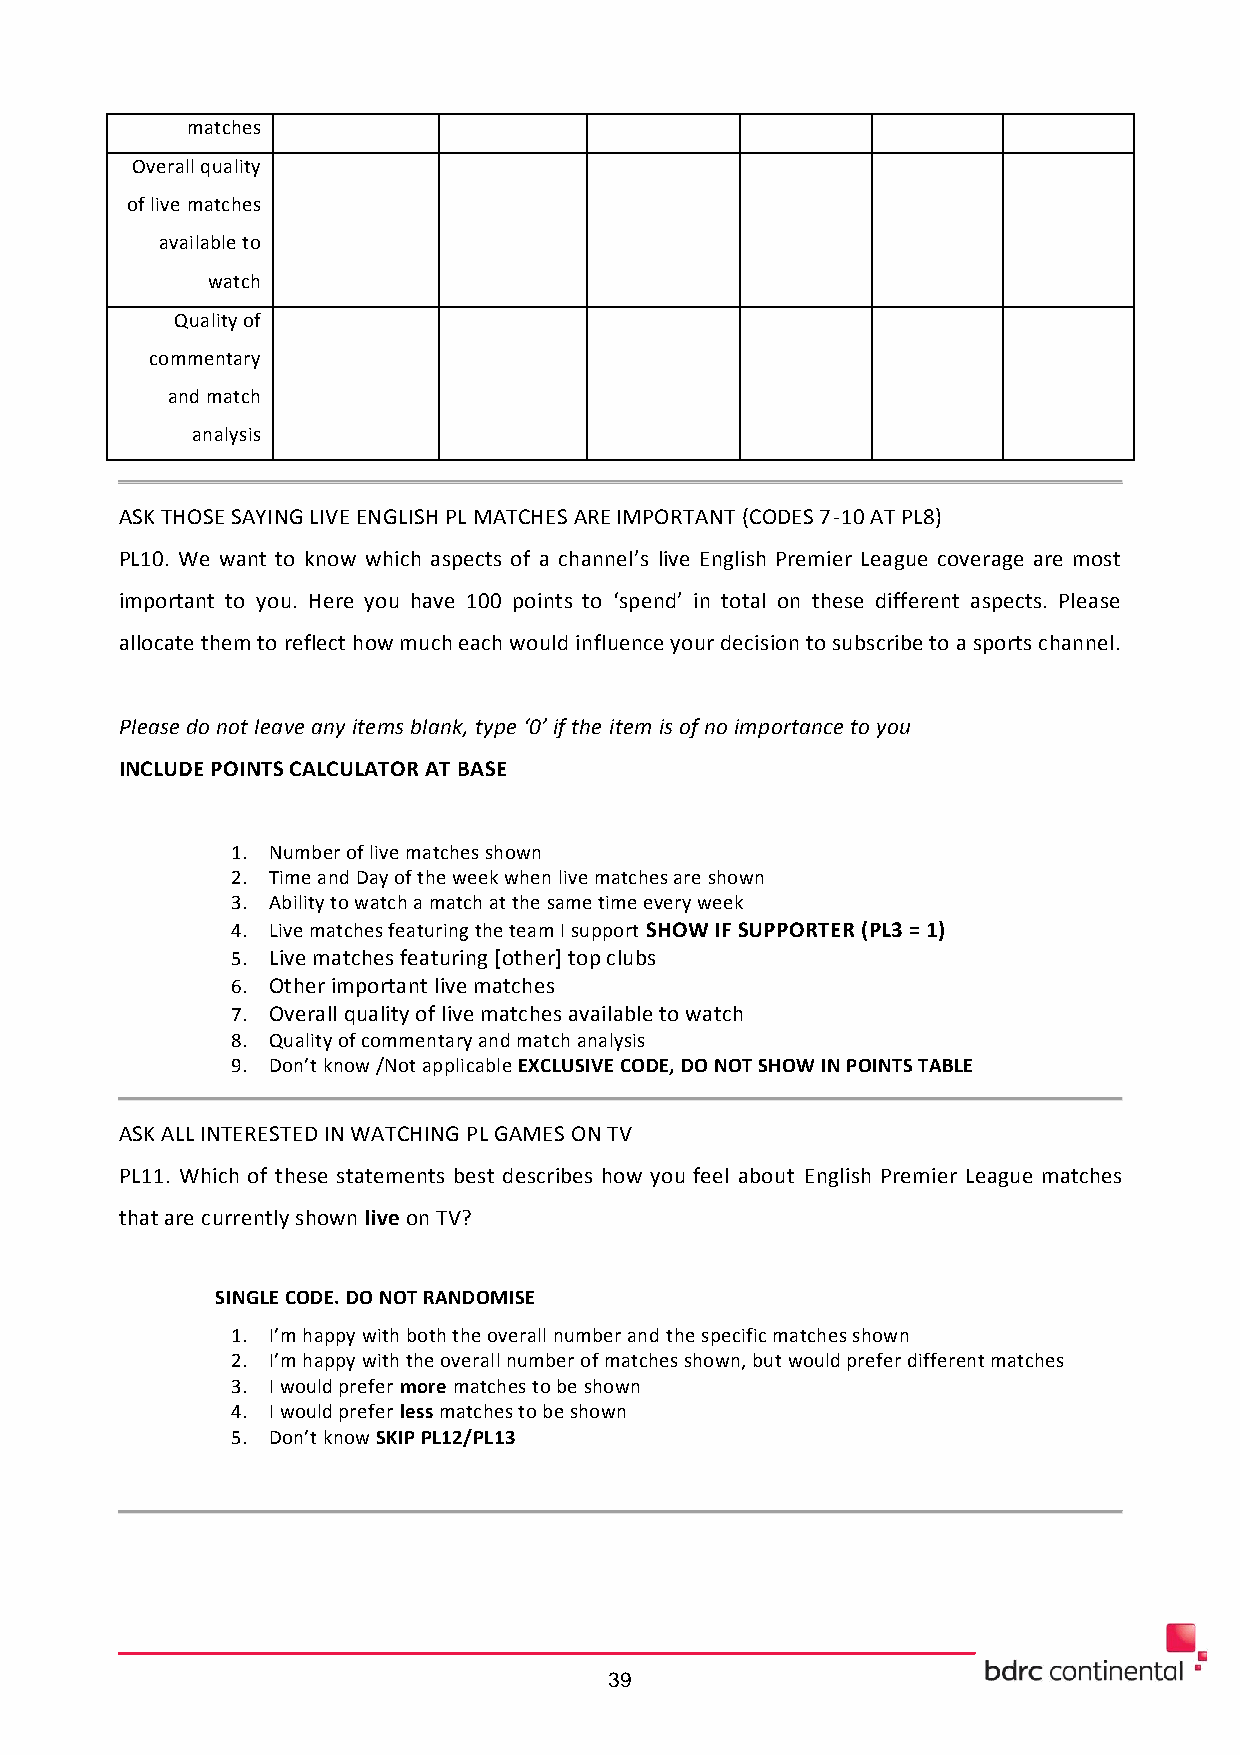
matches
 Overall quality
 of live matches
 available to
 watch
 Quality of
 commentary
 and match
 analysis
 ASK THOSE SAYING LIVE ENGLISH PL MATCHES ARE IMPORTANT (CODES 7-10 AT PL8)
 PL10. We want to know which aspects of a channel’s live English Premier League coverage are most
 important to you. Here you have 100 points to ‘spend’ in total on these different aspects. Please
 allocate them to reflect how much each would influence your decision to subscribe to a sports channel.
 Please do not leave any items blank, type ‘0’ if the item is of no importance to you
 INCLUDE POINTS CALCULATOR AT BASE
 1. Number of live matches shown
 2. Time and Day of the week when live matches are shown
 3. Ability to watch a match at the same time every week
 4. Live matches featuring the team I support SHOW IF SUPPORTER (PL3 = 1)
 5. Live matches featuring [other] top clubs
 6. Other important live matches
 7. Overall quality of live matches available to watch
 8. Quality of commentary and match analysis
 9. Don’t know /Not applicable EXCLUSIVE CODE, DO NOT SHOW IN POINTS TABLE
 ASK ALL INTERESTED IN WATCHING PL GAMES ON TV
 PL11. Which of these statements best describes how you feel about English Premier League matches
 that are currently shown live on TV?
 SINGLE CODE. DO NOT RANDOMISE
 1. I’m happy with both the overall number and the specific matches shown
 2. I’m happy with the overall number of matches shown, but would prefer different matches
 3. I would prefer more matches to be shown
 4. I would prefer less matches to be shown
 5. Don’t know SKIP PL12/PL13
 39